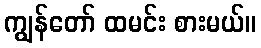
ကျွန်တော် ထမင်း စားမယ်။